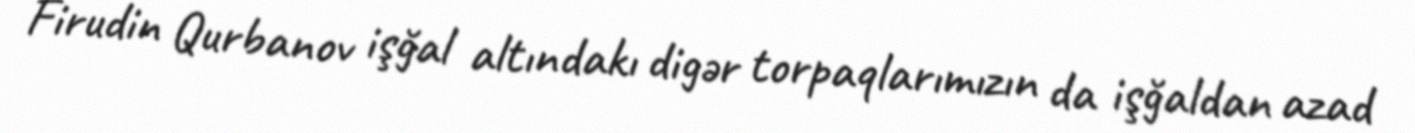
Firudin Qurbanov işğal altındakı digər torpaqlarımızın da işğaldan azad